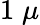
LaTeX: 1\; \mu